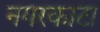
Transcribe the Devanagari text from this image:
नगरकाटा